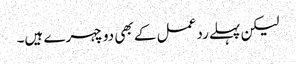
لیکن پہلے رد عمل کے بھی دو چہرے ہیں۔